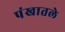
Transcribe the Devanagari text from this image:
पंखातले